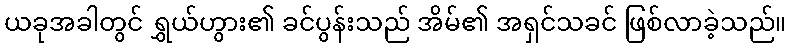
ယခုအခါတွင် ရွှယ်ဟွား၏ ခင်ပွန်းသည် အိမ်၏ အရှင်သခင် ဖြစ်လာခဲ့သည်။